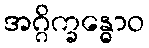
အဂ္ဂိက္ခန္ဓောဝ